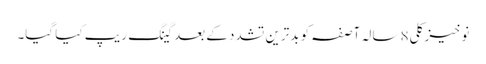
نوخیز کلی 8 سالہ آصفہ کو بدترین تشدد کے بعد گینگ ریپ کیا گیا۔